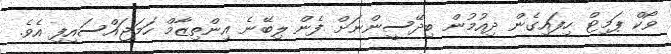
ވޯކް ޕަމިޓް ހިފައިގެން ދިއުމުން ބިދޭސީންނަށް ފެން ލިބޭނެ އިންތިޒާމް ހަމަޖައްސައިފި އެވެ.